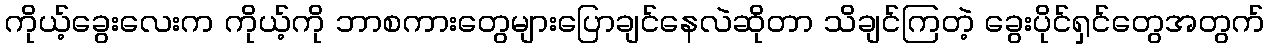
ကိုယ့်ခွေးလေးက ကိုယ့်ကို ဘာစကားတွေများပြောချင်နေလဲဆိုတာ သိချင်ကြတဲ့ ခွေးပိုင်ရှင်တွေအတွက်